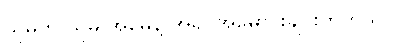
သူမက သူမ အမေနဲ့ အရပ်အမောင်းချင်းတူတယ်။